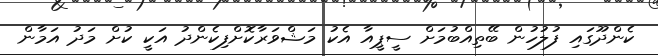
ކެންދޫގައި ފުލުހުން ބޭތިއްބުމަށް ސީޕީއާ އެކު މަޝްވަރާކޮށްފިކެންދު އަކީ ކުށް މަދު އަމާން